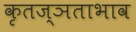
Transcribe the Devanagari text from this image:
कृतज्ञताभाव